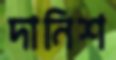
দানিশ